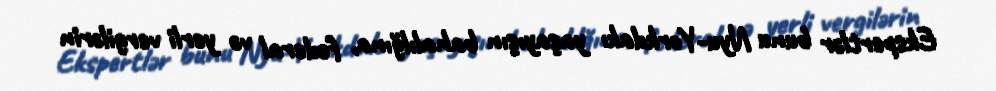
Ekspertlər bunu Nyu-Yorkdakı yaşayışın bahalılğına, federal və yerli vergilərin